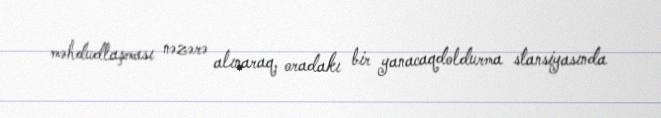
məhdudlaşması nəzərə alınaraq, oradakı bir yanacaqdoldurma stansiyasında